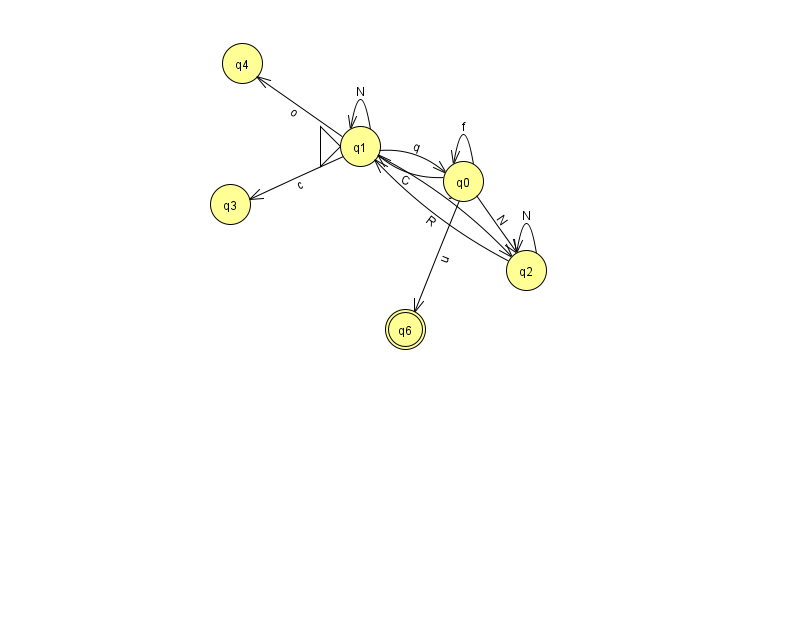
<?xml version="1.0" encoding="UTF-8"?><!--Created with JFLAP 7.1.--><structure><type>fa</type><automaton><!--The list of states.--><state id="0" name="q0"><x>463.0</x><y>168.0</y></state><state id="1" name="q1"><x>360.0</x><y>133.0</y><initial/></state><state id="2" name="q2"><x>526.0</x><y>257.0</y></state><state id="3" name="q3"><x>230.0</x><y>191.0</y></state><state id="4" name="q4"><x>242.0</x><y>50.0</y></state><state id="6" name="q6"><x>405.0</x><y>316.0</y><final/></state><!--The list of transitions.--><transition><from>1</from><to>3</to><read>c</read></transition><transition><from>0</from><to>1</to><read>C</read></transition><transition><from>0</from><to>2</to><read>N</read></transition><transition><from>0</from><to>0</to><read>f</read></transition><transition><from>1</from><to>0</to><read>q</read></transition><transition><from>1</from><to>2</to><read>j</read></transition><transition><from>0</from><to>6</to><read>u</read></transition><transition><from>1</from><to>4</to><read>o</read></transition><transition><from>1</from><to>1</to><read>N</read></transition><transition><from>2</from><to>2</to><read>N</read></transition><transition><from>2</from><to>1</to><read>R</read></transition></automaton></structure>